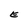
Character: E